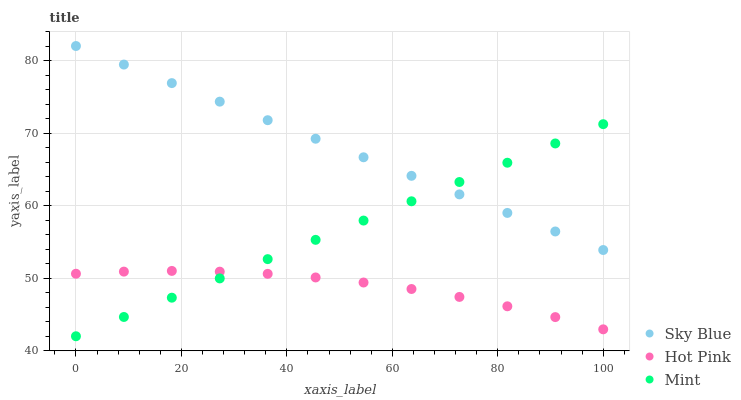
| xaxis_label | Sky Blue | Hot Pink | Mint |
 | --- | --- | --- | --- |
 | 0 | 82 | 50.6 | 42 |
 | 9.09 | 79.4 | 50.9 | 44.7 |
 | 18.2 | 76.9 | 51 | 47.3 |
 | 27.3 | 74.3 | 50.9 | 50 |
 | 36.4 | 71.8 | 50.6 | 52.6 |
 | 45.5 | 69.2 | 50.1 | 55.3 |
 | 54.5 | 66.7 | 49.4 | 57.9 |
 | 63.6 | 64.1 | 48.5 | 60.6 |
 | 72.7 | 61.6 | 47.4 | 63.3 |
 | 81.8 | 59 | 46.1 | 65.9 |
 | 90.9 | 56.4 | 44.6 | 68.6 |
 | 100 | 53.9 | 43 | 71.2 |